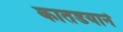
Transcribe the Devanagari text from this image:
कातडयानें